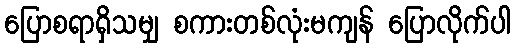
ပြောစရာရှိသမျှ စကားတစ်လုံးမကျန် ပြောလိုက်ပါ